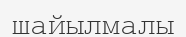
шайылмалы